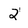
Character: 2